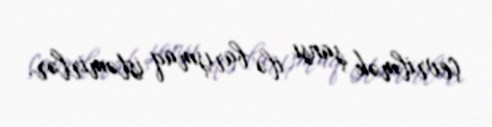
çevrilmək şansı ilə barışmaq istəmirlər.